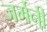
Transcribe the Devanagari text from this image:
जर्मनी़